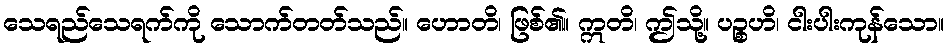
သေရည်သေရက်ကို သောက်တတ်သည်။ ဟောတိ၊ ဖြစ်၏။ ဣတိ၊ ဤသို့။ ပဉ္စဟိ၊ ငါးပါးကုန်သော။